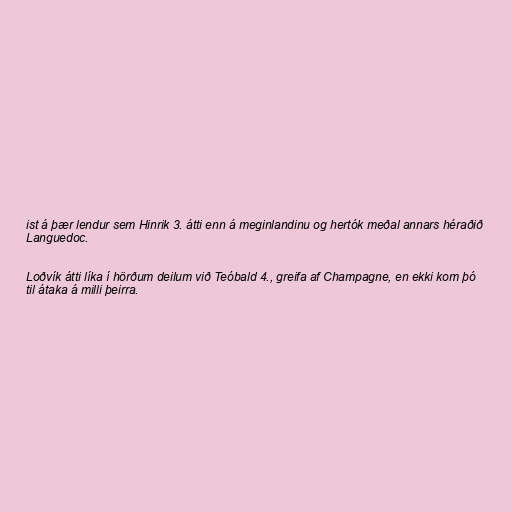
ist á þær lendur sem Hinrik 3. átti enn á meginlandinu og hertók meðal annars héraðið
Languedoc.

Loðvík átti líka í hörðum deilum við Teóbald 4., greifa af Champagne, en ekki kom þó
til átaka á milli þeirra.